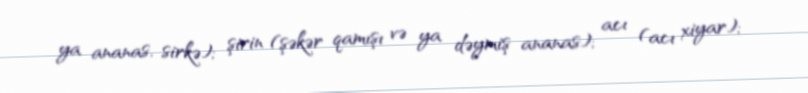
ya ananas, sirkə); şirin (şəkər qamışı və ya dəymiş ananas); acı (acı xiyar);